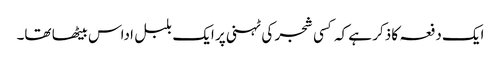
ایک دفعہ کا ذکر ہے کہ کسی شجر کی ٹہنی پر ایک بلبل اداس بیٹھا تھا۔